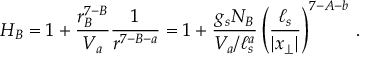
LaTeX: H _ { B } = 1 + { \frac { r _ { B } ^ { 7 - B } } { V _ { a } } } { \frac { 1 } { r ^ { 7 - B - a } } } = 1 + { \frac { g _ { s } N _ { B } } { V _ { a } / \ell _ { s } ^ { a } } } \left( { \frac { \ell _ { s } } { | x _ { \perp } | } } \right) ^ { 7 - A - b } \, .